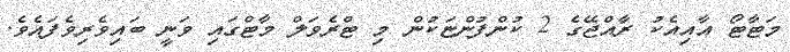
މަޓާޓޯ އާއިއެކު ރާއްޖޭގެ 2 ކުންފުންޏަކުން މި ޓްރެވަލް މާޓްގައި ވަނީ ބައިވެރިވެފައެވެ.